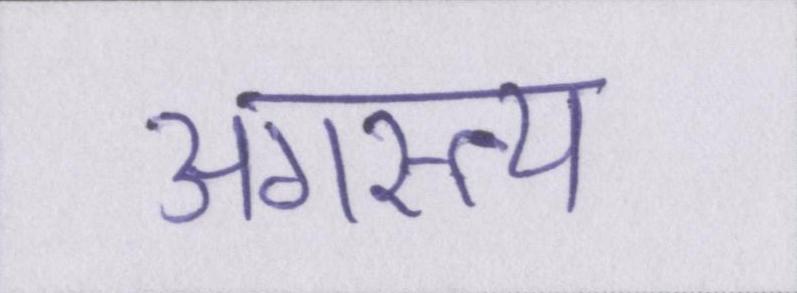
अगस्त्य